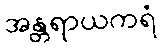
အန္တရာယကရံ